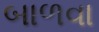
બાળવા